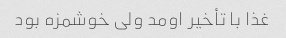
غذا با تأخیر اومد ولی خوشمزه بود